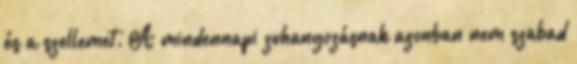
és a szellemet. A mindennapi zuhanyozásnak azonban nem szabad